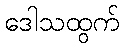
ဒေါသထွက်